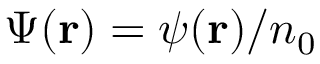
\Psi ( { \bf { r } } ) = \psi ( { \bf { r } } ) / n _ { 0 }